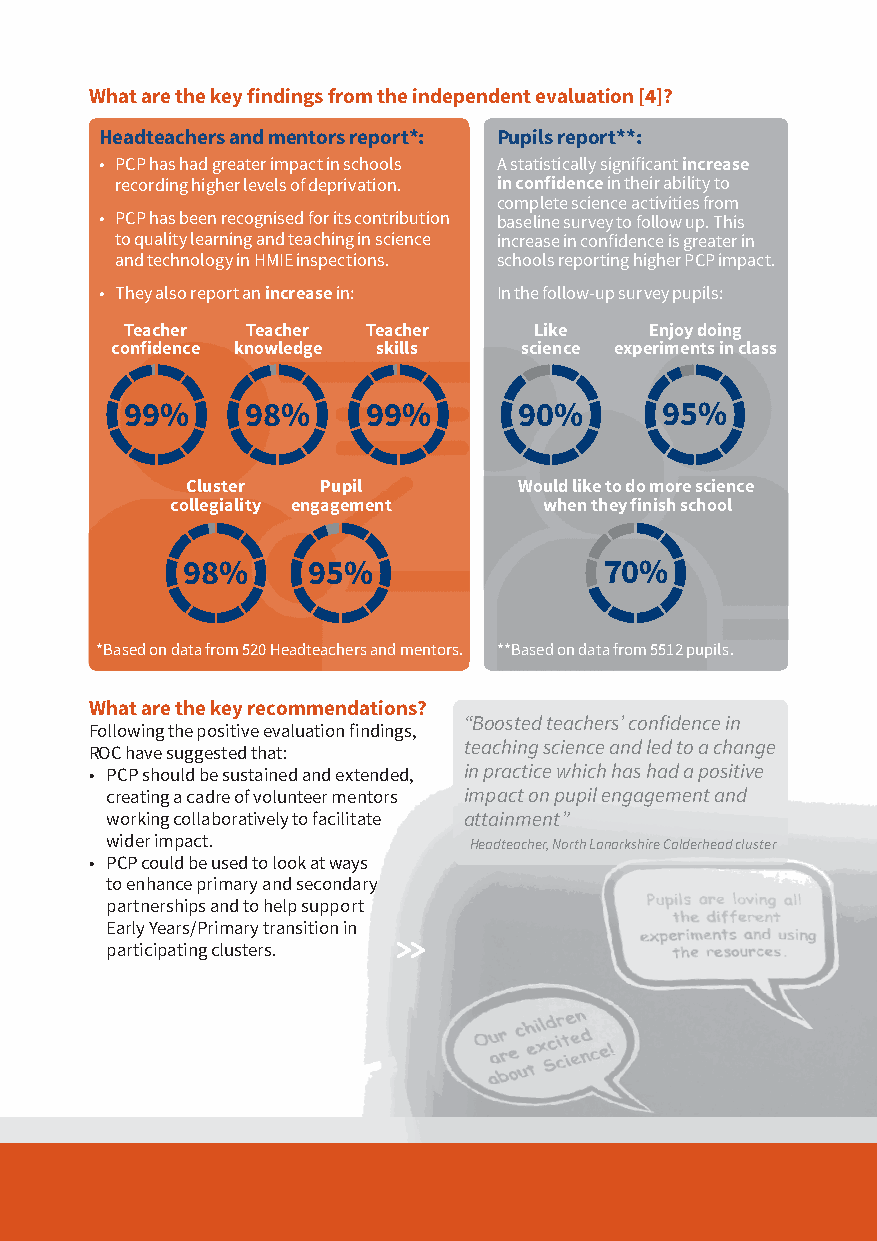
90%
 What are the key findings from the independent evaluation [4]?
 Teachers
 Headteachers and mentors report*: Pupils report**:
 • P CP has had greater impact in schools A statistically significant increase
 recording higher levels of deprivation. in confidence in their ability to
 99%     98%     99%
 complete science activities from
 • PCP has been recognised for its contribution baseline survey to follo7w0 up%. This
 to quality learning and teaching in science increase in confidence is greater in
 and technology in HMIE inspections. schools reporting higher PCP impact.
 • They also report an increase in: In the follow-up survey pupils:
 Teachers
 Teacher Teacher Teacher    Like    Enjoy doing
 Teachers
 confidence knowledge skills science experiments in class
 99%     98%     9998%%              90%
 99%     98%     99%       90%       95%
 Cluster  Pupil        Would like to do more science
 collegiality engagement  when they finish school
 98%     95%                 70%
 98%               70%
 *Based on data from 520 Headteachers and mentors. **Based on data from 5512 pupils.
 What are the key recommendations?
 “Boosted teachers’ confidence in
 Following the positive evaluation findings,
 teaching science and led to a change
 ROC have su9gg5es%ted that:       95%
 • PCP should be sustained and extended, in practice which has had a positive
 95%               95%
 creating a cadre of volunteer mentors impact on pupil engagement and
 working collaboratively to facilitate attainment”
 wider impact.           Headteacher, North Lanarkshire Calderhead cluster
 • PCP could be used to look at ways
 to enhance primary and secondary
 partnerships and to help support
 Early Years/Primary transition in
 >>
 participating clusters.